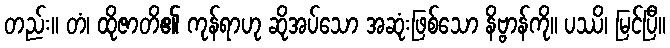
တည်း။ တံ၊ ထိုဇာတိ၏ ကုန်ရာဟု ဆိုအပ်သော အဆုံးဖြစ်သော နိဗ္ဗာန်ကို။ ပဿိ၊ မြင်ပြီ။